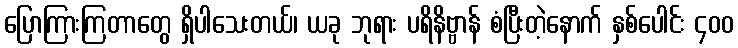
ပြောကြားကြတာတွေ ရှိပါသေးတယ်၊ ယခု ဘုရား ပရိနိဗ္ဗာန် စံပြီးတဲ့နောက် နှစ်ပေါင်း ၄၀၀